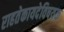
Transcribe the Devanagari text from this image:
राहतेकायदेविषयक